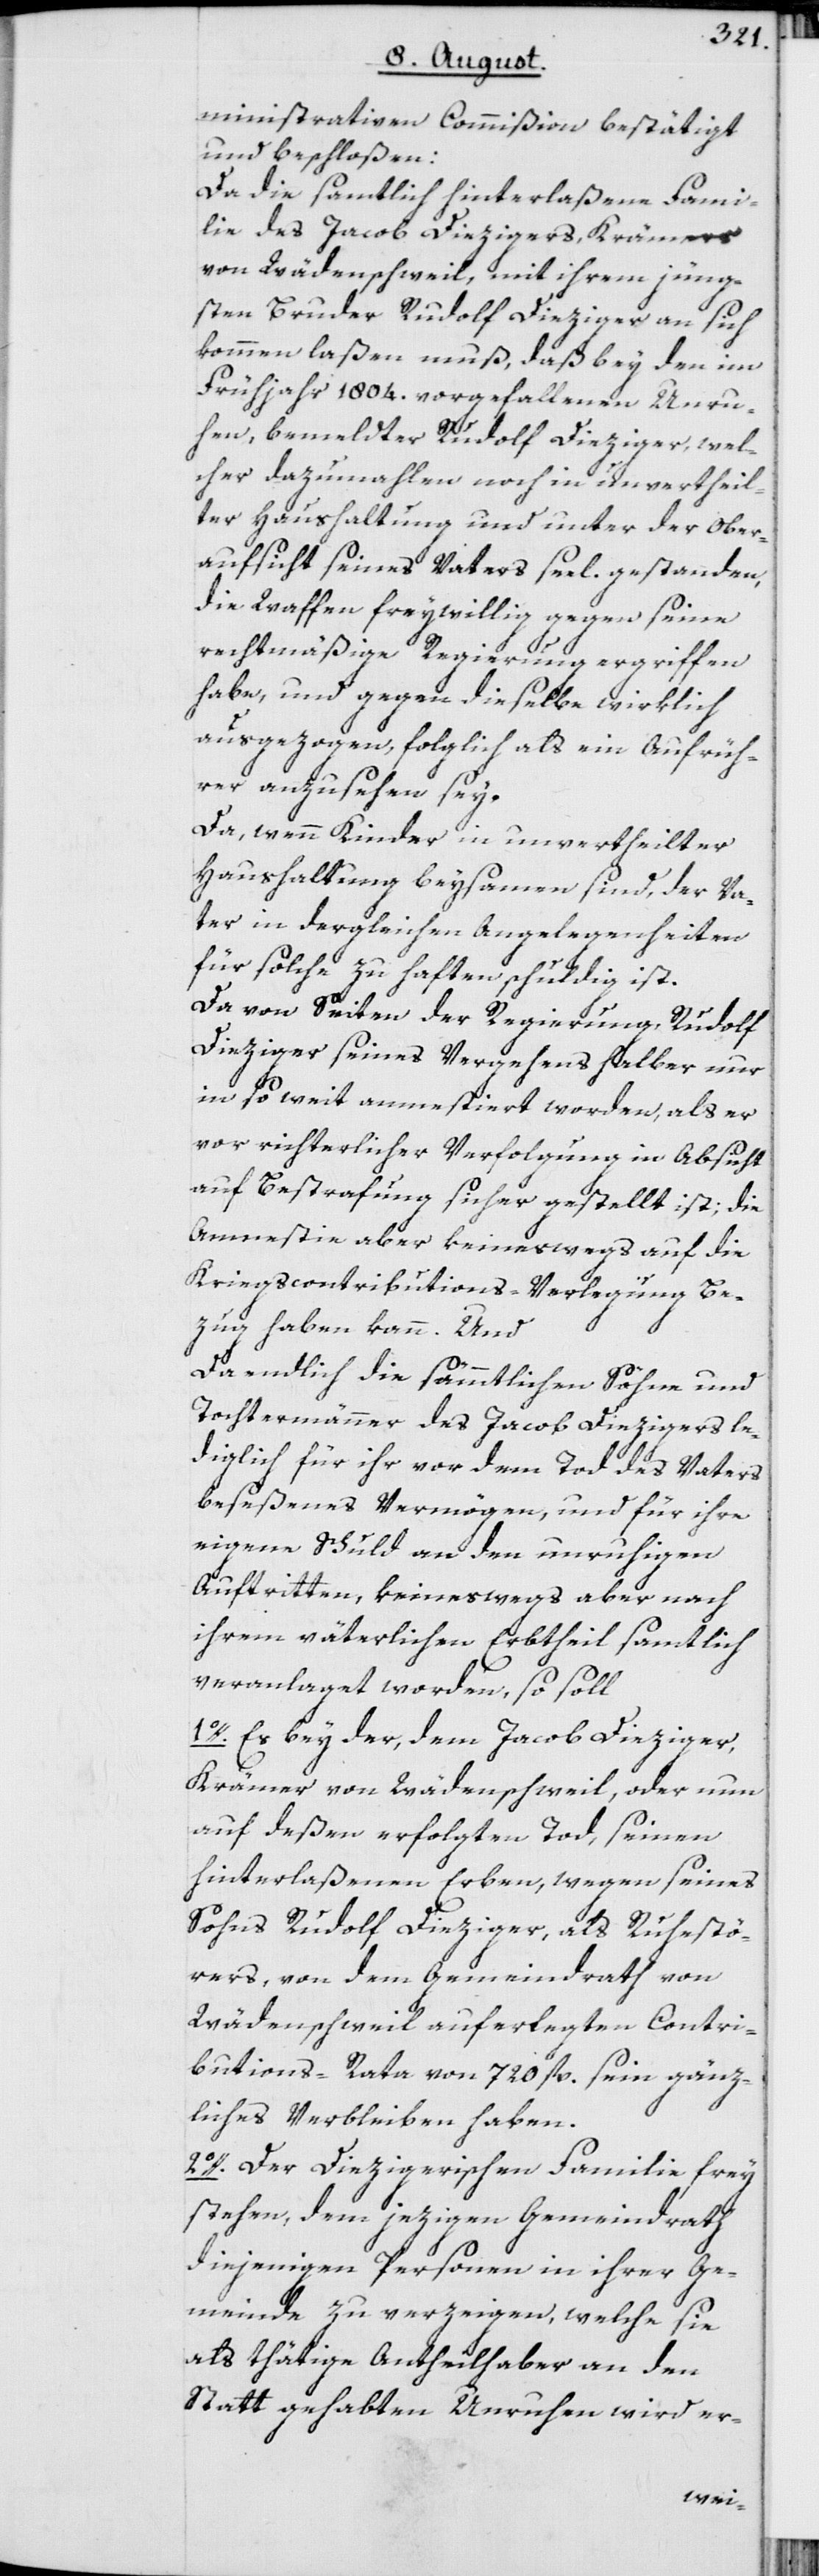
ministrativen Commißion bestätigt
und beschloßen:
Da die samtlich hinterlaßene Fami¬
lie des Jacob Diezigers, Krämers
von Wädenschweil, mit ihrem jüng¬
sten Bruder Rudolf Dieziger an sich
kommen laßen muß, daß bey den im
Frühjahr 1804. vorgefallenen Unru¬
hen, bemeldter Rudolf Dieziger, wel¬
cher dazumahlen noch in unvertheil¬
ter Haushaltung und unter der Ober¬
aufsicht seines Vaters seel. gestanden,
die Waffen freywillig gegen seine
rechtmäßige Regierung ergriffen
habe, und gegen dieselbe wirklich
ausgezogen, folglich als ein Aufrüh¬
rer anzusehen sey.
Da, wenn Kinder in unvertheilter
Haushaltung beysamen sind, der Va¬
ter in dergleichen Angelegenheiten
für solche zu haften schuldig ist.
Da von Seiten der Regierung, Rudolf
Dieziger seines Vergehens halber nur
in so weit amnestiert worden, als er
vor richterlicher Verfolgung in Absicht
auf Bestrafung sicher gestellt ist; die
Amnestie aber keineswegs auf die
Kriegscontributions-Verlegung Be¬
zug haben kann. Und
Da endlich die sämmtlichen Söhne und
Tochtermänner des Jacob Diezigers le¬
diglich für ihr vor dem Tod des Vaters
beseßenes Vermögen, und für ihre
eigene Schuld an den unruhigen
Auftritten, keineswegs aber nach
ihrem väterlichen Erbtheil samtlich
veranlaget worden, so soll
1o. Es sey der, dem Jacob Dieziger,
Krämer von Wädenschweil, oder nun
auf deßen erfolgten Tod, seinen
hinterlaßenen Erben, wegen seines
Sohns Rudolf Dieziger, als Ruhestö¬
rers, von dem Gemeindrath von
Wädenschweil auferlegten Contri¬
butions-Rata von 720. fl. sein gänz¬
liches Verbleiben haben.
2o. Der Diezigerischen Familie frey
stehen, dem jezigen Gemeindrath
diejenigen Personen in ihrer Ge¬
meinde zu verzeigen, welche sie
als thätige Antheilhaber an den
Statt gehabten Unruhen wird er-